Vaccine operations Central Provinces 1900-1911 - 1900-1911
Year: 1900
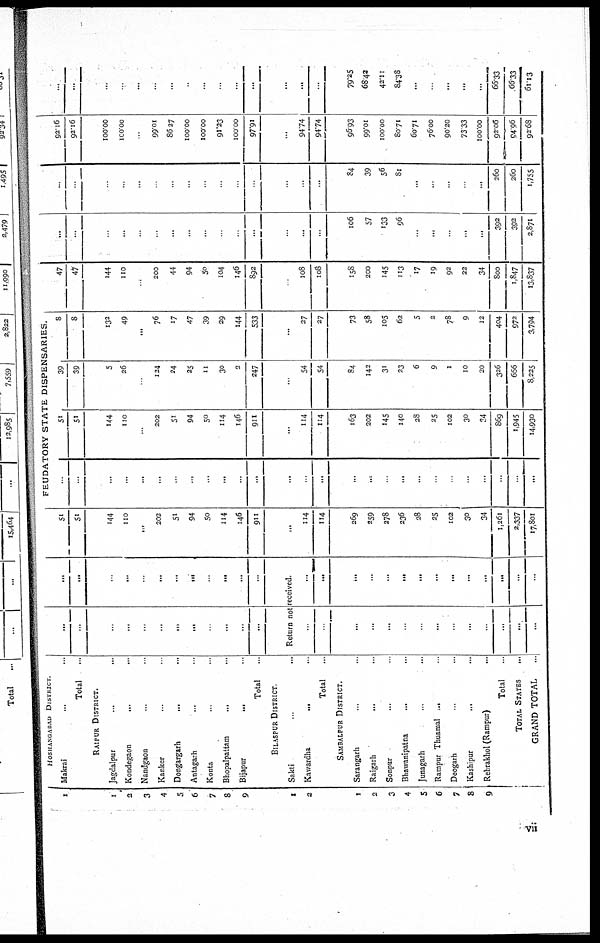
1
1
2
3
4
5
6
7
8
9
1
2
1
2
3
4
5
6
7
8
9
HOSHANGADAD DISTRICT.
Makrai... ...
Total...
RAIPUR DISTRICT.
Jagdalpur... ...
Kondegaon...
...
Nandgaon... ...
Kanker... ...
Dongargarh... ...
Antagarh... ...
Konta... ...
Bhopalpattam...
...
Bijapur...
...
Total...
BILASPUR DISTRICT.
Sakti... ...
Kawardha...
...
Total...
SAMBALPUR DISTRICT.
Sarangarh... ...
Raigarh...
...
Sonpur... ...
Bhawanipatna... ...
Junagarh... ...
Rampur Thuamal... ...
Deogarh... ...
Kashipur...
...
Rebrakhol (Rampur)...
Total...
TOTAL STATES...
GRAND TOTAL
...
...
...
...
...
...
...
...
...
...
...
...
...
...
...
..
...
...
...
...
...
...
...
...
...
Return not received.
...
...
...
...
...
.
...
...
...
...
...
...
...
...
...
...
...
...
...
...
...
...
...
...
...
...
...
...
51
51
144
110
202
202
51
94
50
114
146
911
...
114
114
269
259
278
236
28
25
102
30
34
1,261
2,337
17,801
FEUDATORY STATE DISPENSARIES.
..
...
...
...
...
...
...
...
...
...
...
...
...
...
...
...
...
...
...
...
.
...
...
...
..
...
51
51
144
110
...
202
51
94
50
114
146
911
...
114
114
163
202
145
140
28
25
102
30
34
869
1,945
14,930
39
39
5
26
124
24
25
11
30
2
247
...
54
54
84
142
31
23
6
9
1
10
20
326
666
8,225
8
8
132
49
...
76
17
47
39
29
144
533
...
27
27
73
58
105
62
5
2
78
9
12
404
972
3,794
47
47
144
110
..
200
44
94
50
104
146
892
.
108
108
158
200
145
113
17
19
92
22
34
800
1,847
13,837
...
...
...
...
..
...
...
...
...
..
..
...
...
...
...
106
57
133
96
...
...
...
...
...
392
392
2,871
...
..
..
...
...
...
...
..
...
...
..
...
...
...
84
39
56
81
...
..
...
...
260
260
1,755
92.16
92.16
100.00
100.00
...
99.01
86.27
100.00
100.00
91.23
100.00
97.91
...
94.74
94.74
96.93
99.01
100.00
80.71
60.71
76.00
90.20
73.33
100.00
92.06
94.96
92.68
...
...
...
.
...
...
...
.
...
...
...
...
...
...
...
79.25
68.42
42.11
84.38
...
...
...
...
...
66.33
66.33
61.13
vii